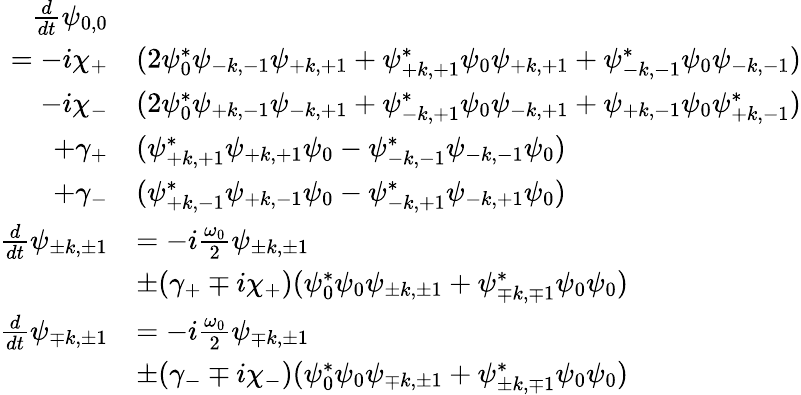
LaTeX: \begin{array}{rl}{\frac{d}{dt}\psi_{0,0}}&{}\\ {=-i\chi_{+}}&{(2\psi_{0}^{*}\psi_{\mathrm{-}k,\mathrm{-}1}\psi_{\mathrm{+}k,\mathrm{+}1}+\psi_{\mathrm{+}k,\mathrm{+}1}^{*}\psi_{0}\psi_{\mathrm{+}k,\mathrm{+}1}+\psi_{\mathrm{-}k,\mathrm{-}1}^{*}\psi_{0}\psi_{\mathrm{-}k,\mathrm{-}1})}\\ {-i\chi_{-}}&{(2\psi_{0}^{*}\psi_{\mathrm{+}k,\mathrm{-}1}\psi_{\mathrm{-}k,\mathrm{+}1}+\psi_{\mathrm{-}k,\mathrm{+}1}^{*}\psi_{0}\psi_{\mathrm{-}k,\mathrm{+}1}+\psi_{\mathrm{+}k,\mathrm{-}1}\psi_{0}\psi_{\mathrm{+}k,\mathrm{-}1}^{*})}\\ {+\gamma_{+}}&{(\psi_{\mathrm{+}k,\mathrm{+}1}^{*}\psi_{\mathrm{+}k,\mathrm{+}1}\psi_{0}-\psi_{\mathrm{-}k,\mathrm{-}1}^{*}\psi_{\mathrm{-}k,\mathrm{-}1}\psi_{0})}\\ {+\gamma_{-}}&{(\psi_{\mathrm{+}k,\mathrm{-}1}^{*}\psi_{\mathrm{+}k,\mathrm{-}1}\psi_{0}-\psi_{\mathrm{-}k,\mathrm{+}1}^{*}\psi_{\mathrm{-}k,\mathrm{+}1}\psi_{0})}\\ {\frac{d}{dt}\psi_{\pm k,\pm 1}}&{=-i\frac{\omega_{0}}{2}\psi_{\pm k,\pm 1}}\\ &{\pm(\gamma_{+}\mp i\chi_{+})(\psi_{0}^{*}\psi_{0}\psi_{\pm k,\pm 1}+\psi_{\mp k,\mp 1}^{*}\psi_{0}\psi_{0})}\\ {\frac{d}{dt}\psi_{\mp k,\pm 1}}&{=-i\frac{\omega_{0}}{2}\psi_{\mp k,\pm 1}}\\ &{\pm(\gamma_{-}\mp i\chi_{-})(\psi_{0}^{*}\psi_{0}\psi_{\mp k,\pm 1}+\psi_{\pm k,\mp 1}^{*}\psi_{0}\psi_{0})}\end{array}